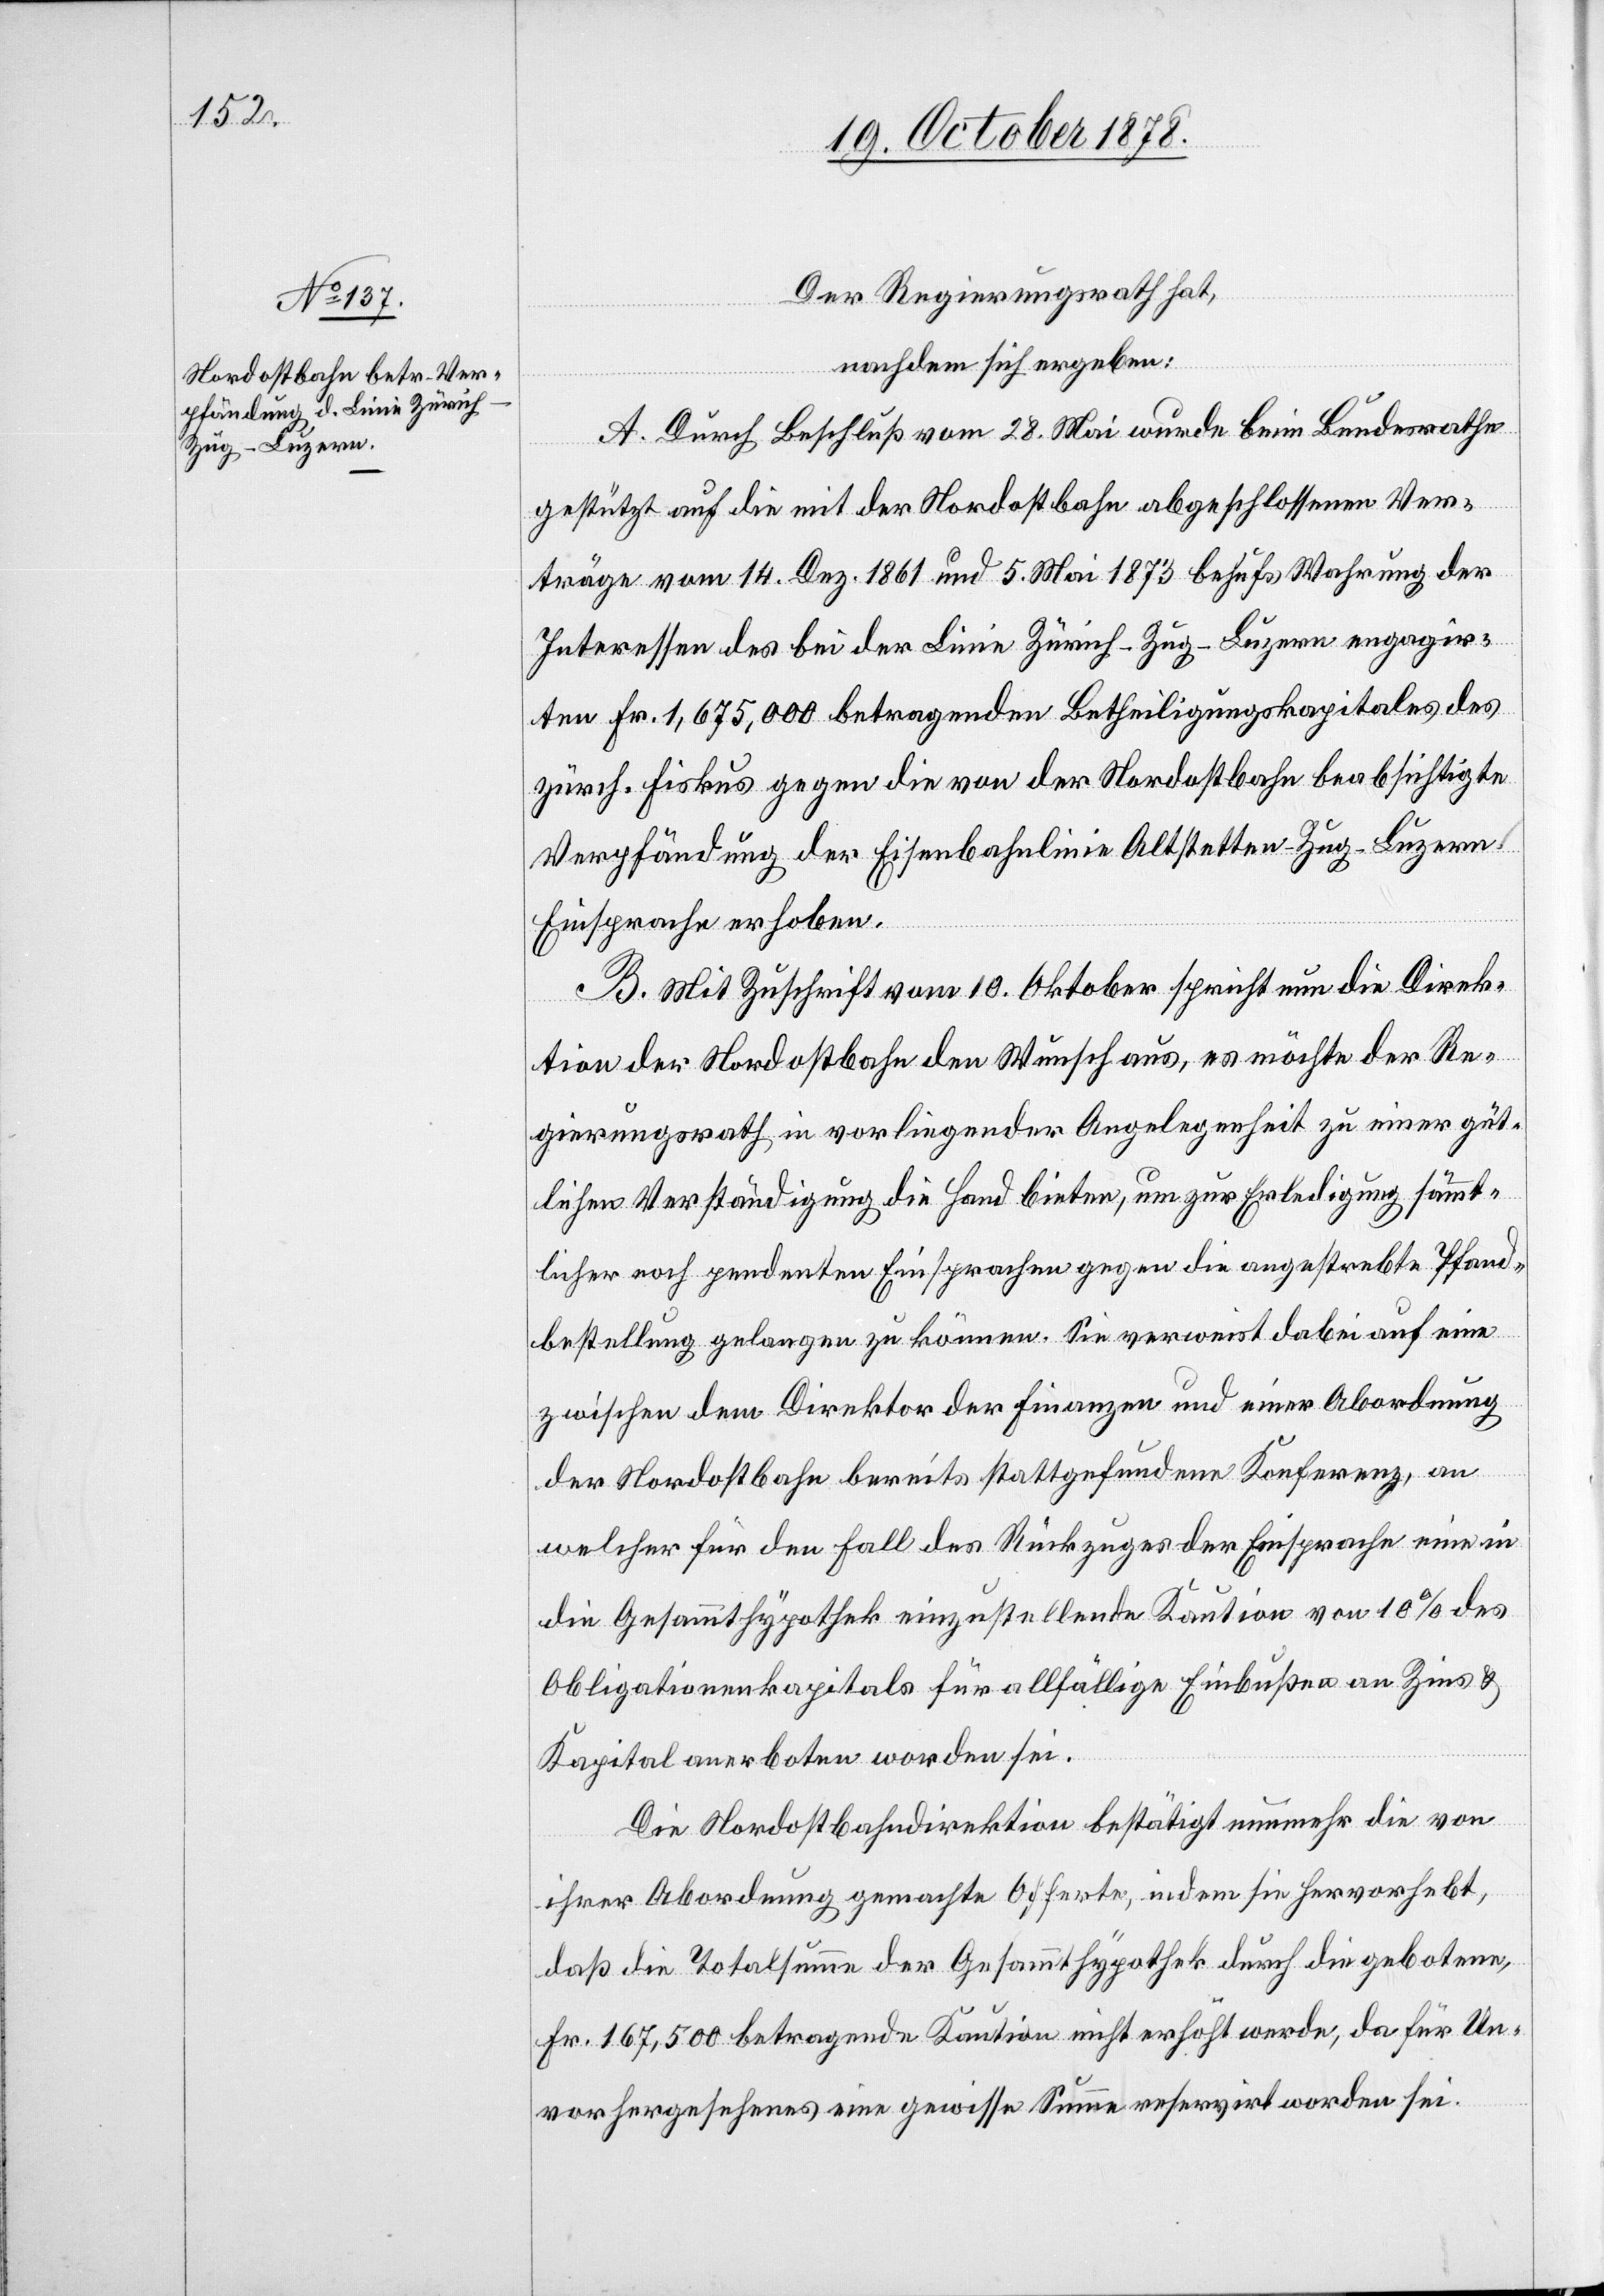
Der Regierungsrath hat,
nachdem sich ergeben:
A. Durch Beschluß vom 28. Mai wurde beim Bundesrathe
gestützt auf die mit der Nordostbahn abgeschlossenen Ver¬
träge vom 14. Dez. 1861 und 5. Mai 1873 behufs Wahrung der
Interessen des bei der Linie Zürich–Zug–Luzern engagir¬
ten Fr. 1,675,000 betragenden Betheiligungskapitales des
zürch. Fiskus gegen die von der Nordostbahn beabsichtigte
Verpfändung der Eisenbahnlinie Altstetten–Zug–Luzern
Einsprache erhoben.
B. Mit Zuschrift vom 10. Oktober spricht nun die Direk¬
tion der Nordostbahn den Wunsch aus, es möchte der Re¬
gierungsrath in vorliegender Angelegenheit zu einer güt¬
lichen Verständigung die Hand bieten, um zur Erledigung sämmt¬
licher noch pendenten Einsprachen gegen die angestrebte Pfand¬
bestellung gelangen zu können. Sie verweist dabei auf eine
zwischen der Direktion der Finanzen und einer Abordnung
der Nordostbahn bereits stattgefundenen Konferenz, an
welche für den Fall des Rückzuges der Einsprache eine in
die Gesammthypothek einzustellende Kaution von 10% des
Obligationenkapitals für allfällige Einbußen an Zins &
Kapital anerboten worden sei.
Die Nordostbahndirektion bestätigt nunmehr die von
ihrer Abordnung gemachte Offerte, indem sie hervorhebt,
daß die Totalsumme der Gesammthypothek durch die gebotene,
Fr. 167,500 betragende Kaution nicht erhöht werde, da für Un¬
vorhergesehenes eine gewisse Summe reservirt worden sei.